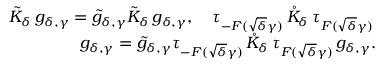
\begin{array} { r } { \tilde { K } _ { \delta } \, g _ { \delta , \gamma } = \tilde { g } _ { \delta , \gamma } \tilde { K } _ { \delta } \, g _ { \delta , \gamma } , \quad \tau _ { - F ( \sqrt { \delta } \gamma ) } \, \mathring { K } _ { \delta } \, \tau _ { F ( \sqrt { \delta } \gamma ) } \, } \\ { g _ { \delta , \gamma } = \tilde { g } _ { \delta , \gamma } \tau _ { - F ( \sqrt { \delta } \gamma ) } \, \mathring { K } _ { \delta } \, \tau _ { F ( \sqrt { \delta } \gamma ) } \, g _ { \delta , \gamma } . } \end{array}